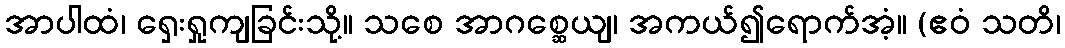
အာပါထံ၊ ရှေးရှုကျခြင်းသို့။ သစေ အာဂစ္ဆေယျ၊ အကယ်၍ရောက်အံ့။ (ဧဝံ သတိ၊